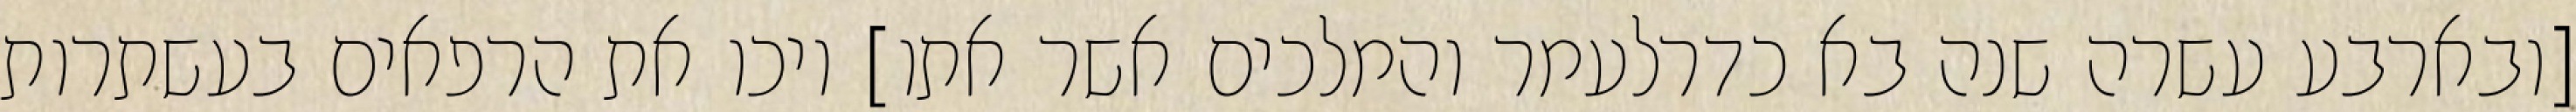
[ובארבע עשרה שנה בא כדרלעמר והמלכים אשר אתו] ויכו את הרפאים בעשתרות